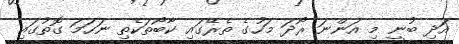
އަދި ބުނީ މި އަންނަ ރޯދަ މަހުގެ ތެރޭގައި ކާބޯތަކެތި ނަހަމަ ގޮތުގައި